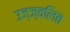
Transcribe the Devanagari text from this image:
उज्ज्वलित